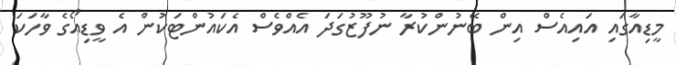
މީޑިއާގައި އައިއެސް އިން ބޭނުންކުރާ ނުފޫޒުގަދަ އެއްވެސް އެކައުންޓަކުން އެ ވީޑިއޯގެ ވާހަކަ